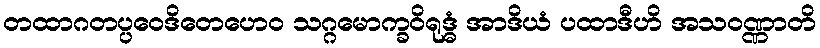
တထာဂတပ္ပဝေဒိတေဟေဝ သဂ္ဂမောက္ခဝိရုဒ္ဓံ အာဒိယံ ပထာဒီဟိ အသဝဏ္ဏာတိ